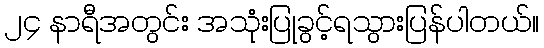
၂၄ နာရီအတွင်း အသုံးပြုခွင့်ရသွားပြန်ပါတယ်။